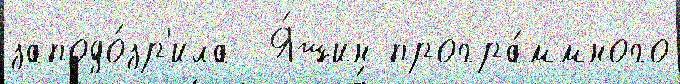
заподо́зр'ила  Я́шин програ́ммного